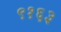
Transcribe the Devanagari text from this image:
९१६३